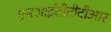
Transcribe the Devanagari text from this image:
एनआईटीटीटीआर